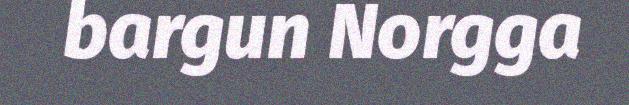
bargun Norgga